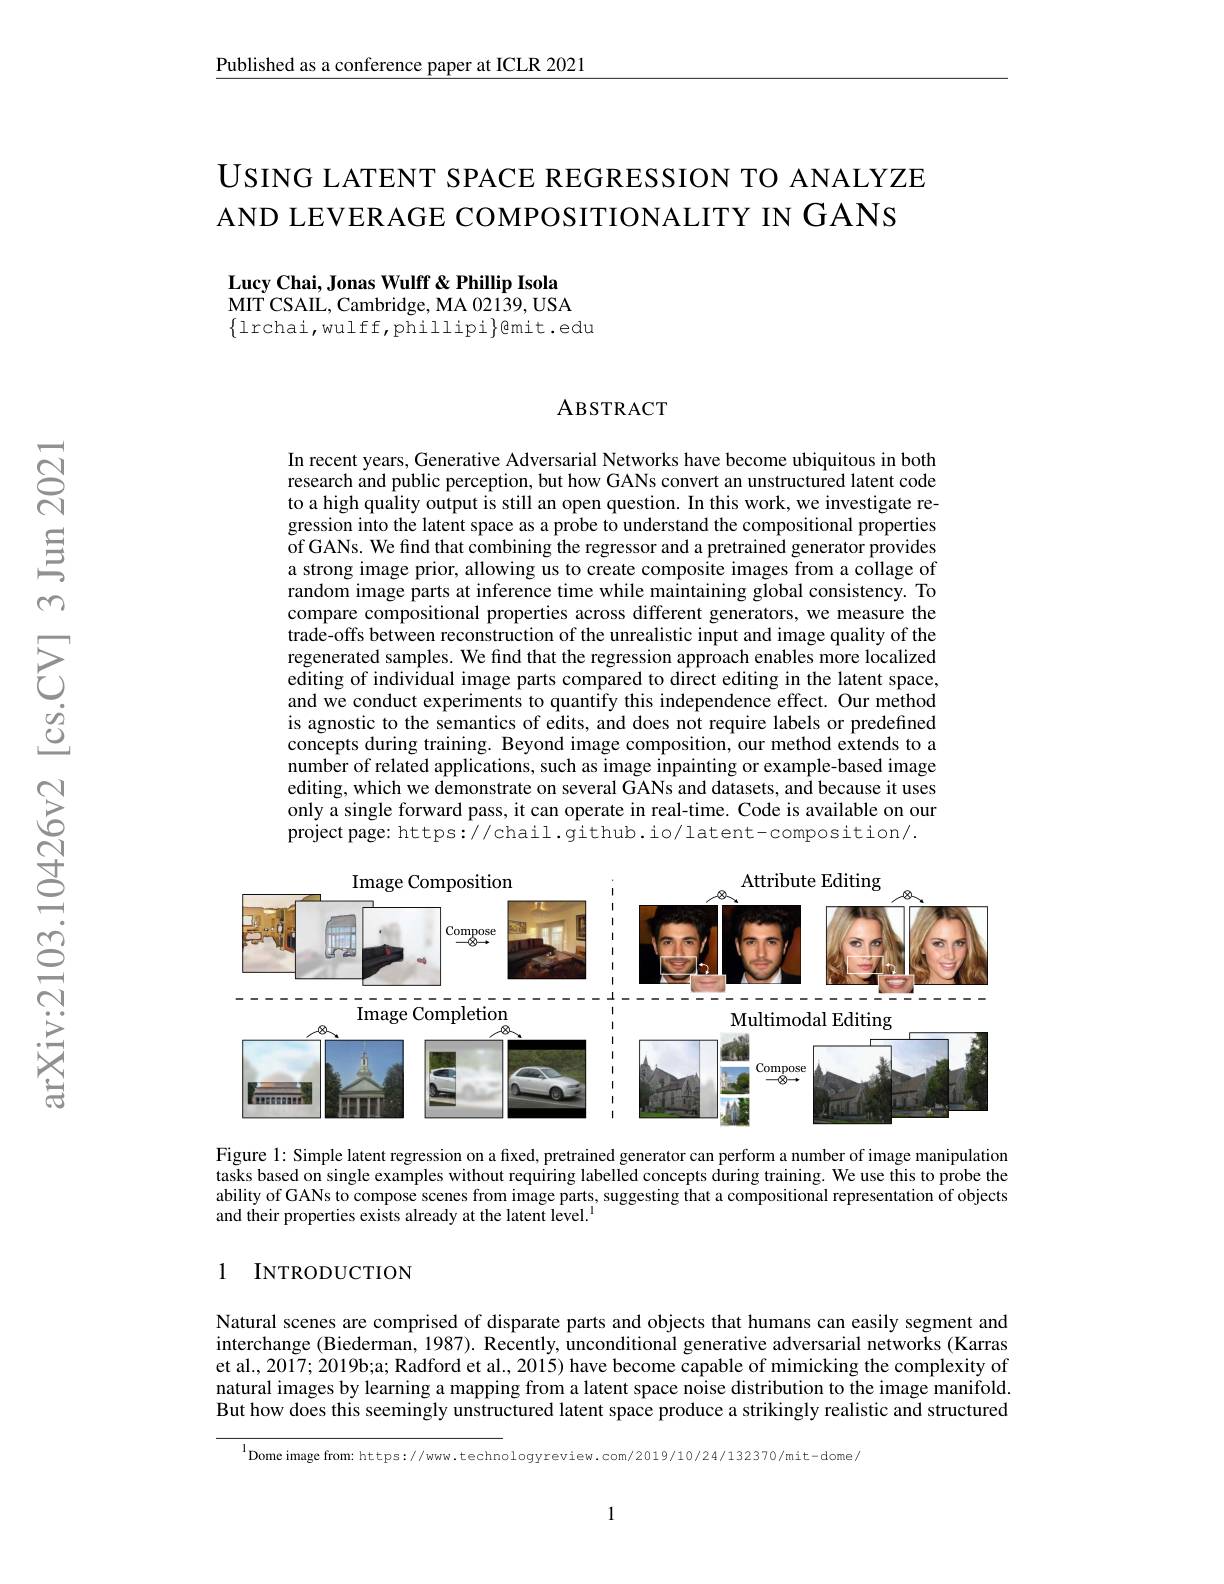
$\underline{\text{Published as a conference paper at ICLR 2021}}$

USING LATENT SPACE REGRESSION TO ANALYZE
AND LEVERAGE COMPOSITIONALITY IN GANS

Lucy Chai, Jonas Wulff & Phillip Isola MIT CSAIL, Cambridge, MA 02139, USA $\{$lrchai,wulff,phillipi$\}$@mit.edu

### ABSTRACT

In recent years, Generative Adversarial Networks have become ubiquitous in both research and public perception, but how GANs convert an unstructured latent code to a high quality output is still an open question. In this work, we investigate regression into the latent space as a probe to understand the compositional properties of GANs. We find that combining the regressor and a pretrained generator provides a strong image prior, allowing us to create composite images from a collage of random image parts at inference time while maintaining global consistency. To compare compositional properties across different generators, we measure the trade-offs between reconstruction of the unrealistic input and image quality of the regenerated samples. We find that the regression approach enables more localized editing of individual image parts compared to direct editing in the latent space, and we conduct experiments to quantify this independence effect. Our method is agnostic to the semantics of edits, and does not require labels or predefined concepts during training. Beyond image composition, our method extends to a number of related applications, such as image inpainting or example-based image editing, which we demonstrate on several GANs and datasets, and because it uses only a single forward pass, it can operate in real-time. Code is available on our project page: https://chail. github. io/ latent-composition/.

<FigureHere>

Figure 1: Simple latent regression on a fixed, pretrained generator can perform a number of image manipulation tasks based on single examples without requiring labelled concepts during training. We use this to probe the ability of GANs to compose scenes from image parts, suggesting that a compositional representation of objects and their properties exists already at the latent level.$^{\mathrm{l}}$

### 1 INTRODUCTION

Natural scenes are comprised of disparate parts and objects that humans can easily segment and interchange (Biederman, 1987). Recently, unconditional generative adversarial networks (Karras et al., 2017; 2019b;a; Radford et al., 2015) have become capable of mimicking the complexity of natural images by learning a mapping from a latent space noise distribution to the image manifold. But how does this seemingly unstructured latent space produce a strikingly realistic and structured

$^{\mathrm{l}}$Dome image from: https://www.technologyreview.com/2019/10/24/132370/mit-dome/

1